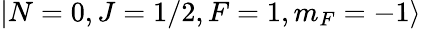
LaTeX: \left|N=0,J=1/2,F=1,m_{F}=-1\right\rangle